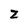
Character: z